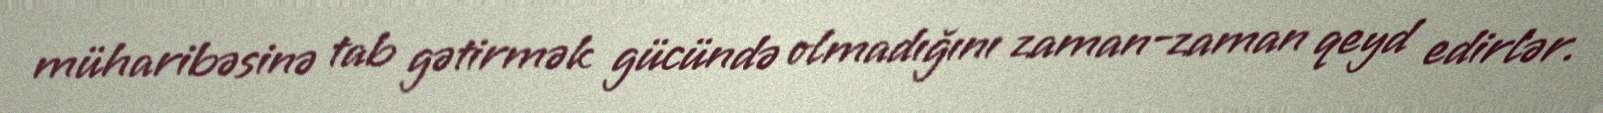
müharibəsinə tab gətirmək gücündə olmadığını zaman-zaman qeyd edirlər.